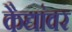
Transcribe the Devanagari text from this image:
कैद्यांवर